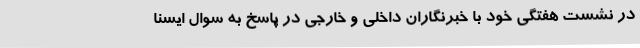
در نشست هفتگی خود با خبرنگاران داخلی و خارجی در پاسخ به سوال ایسنا